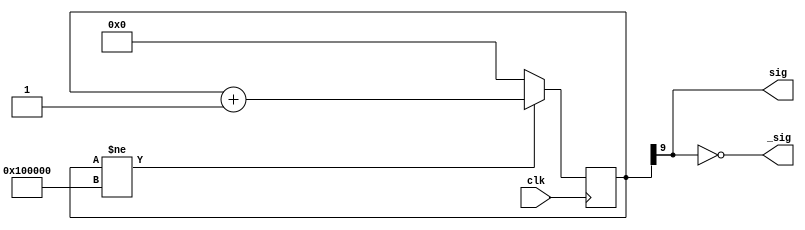
module FALSE_PLL(input clk,output sig,output _sig);
reg [20:0] counter = 0;
assign sig  = counter[9];
assign _sig = ~sig;

always @(posedge clk)
if (counter!= 1048576)
	counter <= counter + 1;
else
	counter <= 0;
endmodule